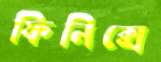
ফিনিক্সে